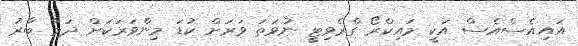
އައިއެސްއެސް އަކީ މައިކްރޯ ގްރެވިޓީ ނުވަތަ ވަރަށް ކުޑަ މިންވަރަކަށް ދަމާ ބާރު